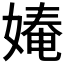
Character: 𭒎